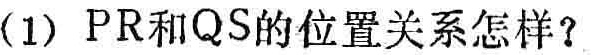
(1) PR和QS的位置关系怎样？